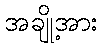
အချို့အား